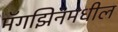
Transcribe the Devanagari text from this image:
मॅगझिनमधील